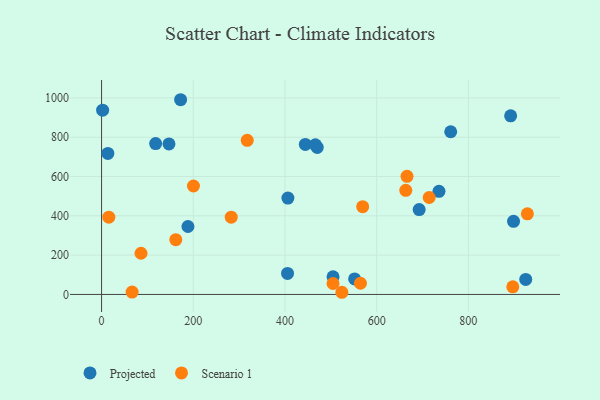
{"axis": {"x": "Speed", "y": "Rating"}, "legend": ["Projected", "Scenario 1"], "data": [{"x": "470.4", "y": 747.9, "type": "Projected"}, {"x": "188.4", "y": 345.7, "type": "Projected"}, {"x": "405.6", "y": 106.7, "type": "Projected"}, {"x": "898.5", "y": 371.8, "type": "Projected"}, {"x": "406.4", "y": 490.5, "type": "Projected"}, {"x": "761.5", "y": 827.7, "type": "Projected"}, {"x": "172.4", "y": 990.7, "type": "Projected"}, {"x": "117.9", "y": 767.7, "type": "Projected"}, {"x": "551.9", "y": 78.9, "type": "Projected"}, {"x": "444.4", "y": 763.4, "type": "Projected"}, {"x": "504.9", "y": 89.7, "type": "Projected"}, {"x": "925.1", "y": 76.4, "type": "Projected"}, {"x": "735.9", "y": 524.6, "type": "Projected"}, {"x": "692.7", "y": 432.0, "type": "Projected"}, {"x": "466.3", "y": 761.4, "type": "Projected"}, {"x": "2.3", "y": 937.6, "type": "Projected"}, {"x": "13.7", "y": 717.6, "type": "Projected"}, {"x": "147.0", "y": 765.8, "type": "Projected"}, {"x": "892.2", "y": 909.0, "type": "Projected"}, {"x": "504.8", "y": 55.6, "type": "Scenario 1"}, {"x": "663.5", "y": 529.9, "type": "Scenario 1"}, {"x": "15.8", "y": 393.0, "type": "Scenario 1"}, {"x": "524.1", "y": 11.0, "type": "Scenario 1"}, {"x": "569.5", "y": 446.6, "type": "Scenario 1"}, {"x": "282.8", "y": 393.2, "type": "Scenario 1"}, {"x": "200.4", "y": 551.8, "type": "Scenario 1"}, {"x": "86.0", "y": 209.5, "type": "Scenario 1"}, {"x": "161.9", "y": 278.8, "type": "Scenario 1"}, {"x": "66.6", "y": 11.8, "type": "Scenario 1"}, {"x": "666.2", "y": 601.2, "type": "Scenario 1"}, {"x": "714.5", "y": 493.3, "type": "Scenario 1"}, {"x": "564.6", "y": 57.0, "type": "Scenario 1"}, {"x": "896.9", "y": 38.8, "type": "Scenario 1"}, {"x": "928.7", "y": 410.4, "type": "Scenario 1"}, {"x": "317.7", "y": 784.0, "type": "Scenario 1"}]}